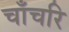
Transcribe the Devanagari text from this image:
चाँचरि